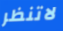
لاتنظر